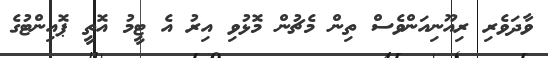
ވާދަވެރި ރިއޫނިއަންވެސް ތިން މެޗުން މޮޅުވި އިރު އެ ޓީމު އޮތީ ޕޮއިންޓުގެ